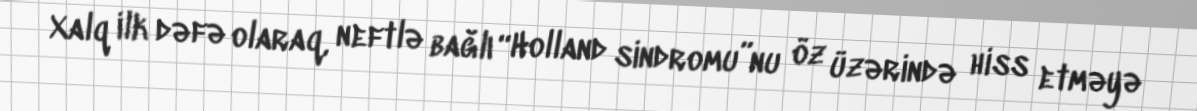
Xalq ilk dəfə olaraq, neftlə bağlı “Holland sindromu”nu öz üzərində hiss etməyə